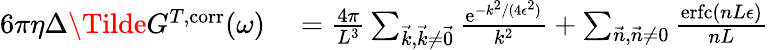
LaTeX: \begin{array}{rl}{6\pi\eta\Delta\Tilde{G}^{T,\mathrm{corr}}(\omega)}&{{}=\frac{4\pi}{L^{3}}\sum_{\vec{k},\vec{k}\neq\vec{0}}\frac{\mathrm{e}^{-k^{2}/(4\epsilon^{2})}}{k^{2}}+\sum_{\vec{n},\vec{n}\neq 0}\frac{\mathrm{erfc}\left(nL\epsilon\right)}{nL}}\end{array}